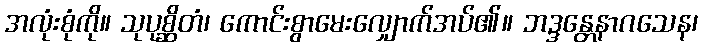
အလုံးစုံကို။ သုပုစ္ဆိတံ၊ ကောင်းစွာမေးလျှောက်အပ်၏။ ဘဒ္ဒန္တေနာဂသေန၊